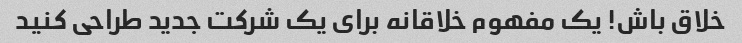
خلاق باش! یک مفهوم خلاقانه برای یک شرکت جدید طراحی کنید